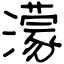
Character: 濛